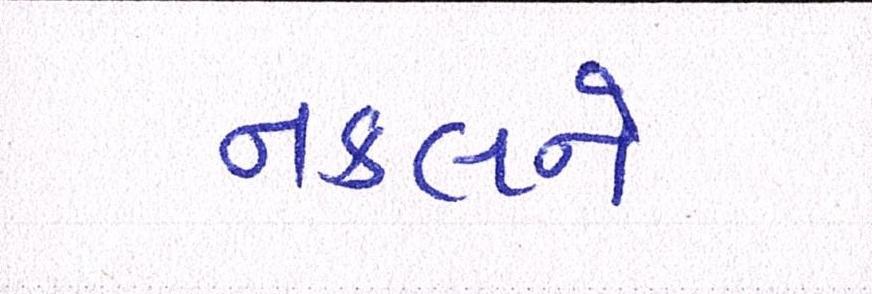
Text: નકલને